Memorandum on the prevention of leprosy by segregation of the affected
Disease focus: Leprosy
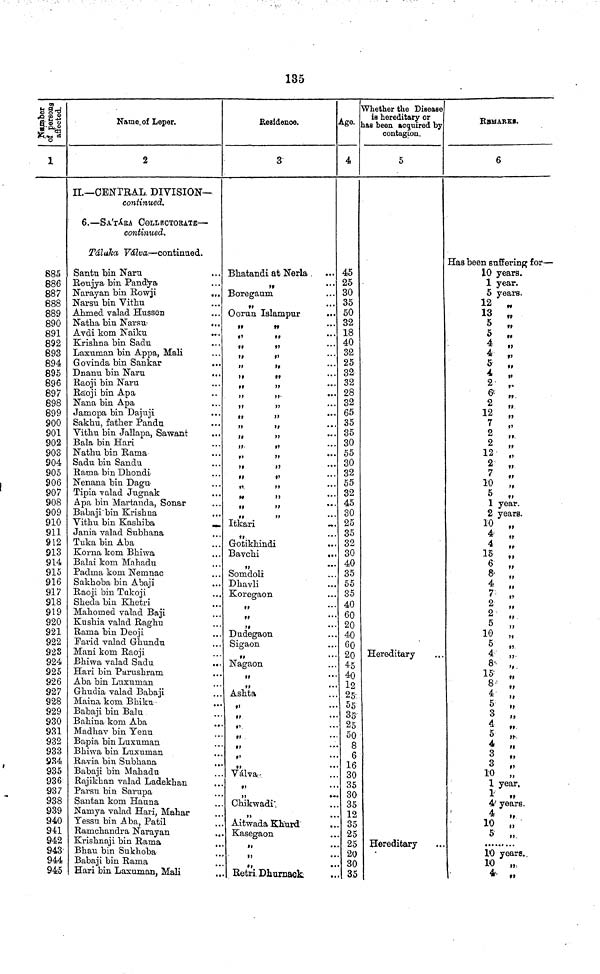
135
Number of persons affected.
1
685
886
887
888
889
890
891
892
893
894
895
896
897
898
899
900
901
902
903
904
905
906
907
908
909
910
911
912
913
914
915
916
917
918
919
920
921
922
923
924
925
926
927
928
929
930
931
932
933
934
935
936
937
938
939
940
941
942
943
944
945
Name of Leper.
2
II.—CENTRAL DIVISION—
continued.
6.—SA'TA'RA COLLECTORATE—
continued.
Táluka Válva—continued.
Santa bin Naru
Roujya bin Pandya
Narayan bin Rowji
Narsu bin Vithu
Ahmed valad Hussen
Natha bin Narsu-
Avdi kom Naiku
Krishna bin Sadu
Laxuman bin Appa, Mali
Govinda bin Sankar
Dnanu bin Naru
...
Raoji bin Naru
Raoji bin Apa
Nana bin Apa
Jamopa bin Dajuji
...
Sakhu, father Pandu
Vithu bin Jallapa, Sawant
Bala bin Hari
Nathu bin Rama
Sadu bin Sandu
Rama bin Dhondi
Nenana bin Dagu.
Tipia valad Jugnak
Apa bin Martanda, Sonar
Babaji bin Krishna
Vithu bin Kashiba
.
Jania valad Subhana
Tuka bin Aba
Korna kom Bhiwa
Balai kom Mahadu
Padma kom Nemnac
Sakhoba bin Abaji
Raoji bin Tukoji
Sheda bin Khetri
Mahomed valad Baji
Kushia valad Raghu
Rama bin Deoji
Farid valad Ghundu
Mani kom Raoji
Bhiwa valad
Sadu
.
Hari bin Parushram
Aba bin Luxuman
Ghudia valad Babaji
Maina kom Bhiku.
Babaji bin Balu
Bahina kom Aba
Madhav bin Yenu
Bapia bin Luxuman
Bhiwa bin Luxuman
Ravia bin Subhana
Babaji bin Mahadu
Rajikhan valad Ladekhan
...
Parsu bin Sarupa
Santan kom Hauna
Namya valad Hari, Mahar
...
Yessu bin Aba, Patil
Ramchandra Narayan
Krishnaji bin Rama
Bhau bin Sukhoba
Babaji bin Rama
Hari bin Laxuman, Mali
Residence.
3
Bhatandi at Nerla.
Boregaum
Oorun Islampur
Itkari
„
Gotikhindi
Bavchi
...
Somdoli
Dhavli
Koregaon
•»
,,
...
Dudegaon
Sigaon
,,
Nagaon
,,
•••
Ashta
,,
,,
...
,,
,,
,,
•
,,
Válva
...
,,
. .
Chikwadi
Aitwada Khurd
II
...
Retri Dhurnack
Age.
4
45
25
30
35
50
32
18
40
32
25
32
32
28
32
65
35
35
30
55
30
32
55
32
45
30
25
35
32
30
40
35
55
35
40
60
20
40
60
20
45
40
25
55
35
25
50
8
6
16
30
35
30
35
12
30
25
20
30i
35
Whether the Disease
is hereditary or
has been acquired by
contagion,
5
Hereditary
Hereditary
...
REMARKS.
6
Has been suffering for—
10 years.
1 year.
5 years.
12
13 ,,
5 ,,
5 ,,
5
4
4 ,,
5
4
,,
2
,,
6
2
12
7
,,
2
,,
2
,,
12
,,
2
7
,,
10 ,,
5
1 year.
2 years.
10
4 ,,
4
15
,,
6
6 ,,
4
,,
7
"
2
,,
2
,,
5
,,
10 „
5
4 ,,
8
15 ,,
8 ,,
4,
5 ,,
3 ,,
4 ,,
5 ,,
4
3
3
,,
10 ,,
1 years
1
4 years.
4
10 5
5
.........
10 years.
10
4